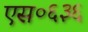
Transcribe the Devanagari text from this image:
एस०६३६